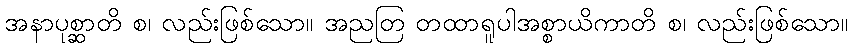
အနာပုစ္ဆာတိ စ၊ လည်းဖြစ်သော။ အညတြ တထာရူပါအစ္စာယိကာတိ စ၊ လည်းဖြစ်သော။